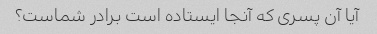
آیا آن پسری که آنجا ایستاده است برادر شماست؟